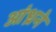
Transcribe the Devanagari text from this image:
आंध्रने